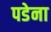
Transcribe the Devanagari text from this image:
पडेना